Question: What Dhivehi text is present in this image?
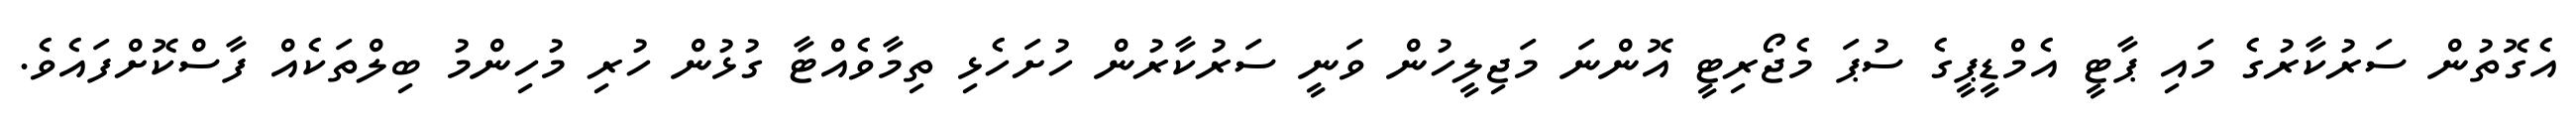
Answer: އެގޮތުން ސަރުކާރުގެ މައި ޕާޓީ އެމްޑީޕީގެ ސުޕަ މެޖޯރިޓީ އޮންނަ މަޖިލީހުން ވަނީ ސަރުކާރުން ހުށަހެޅި ތިމާވެއްޓާ ގުޅުން ހުރި މުހިންމު ބިލްތަކެއް ފާސްކޮށްފައެވެ.